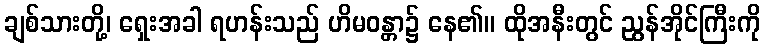
ချစ်သားတို့၊ ရှေးအခါ ရဟန်းသည် ဟိမဝန္တာ၌ နေ၏။ ထိုအနီးတွင် ညွန်အိုင်ကြီးကို